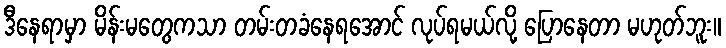
ဒီနေရာမှာ မိန်းမတွေကသာ တမ်းတခံနေရအောင် လုပ်ရမယ်လို့ ပြောနေတာ မဟုတ်ဘူး။